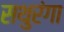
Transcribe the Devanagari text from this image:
सथुरंगा